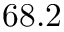
6 8 . 2